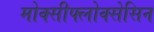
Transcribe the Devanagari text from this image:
मोक्सीफ्लोक्सेसिन